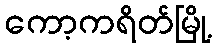
ကော့ကရိတ်မြို့